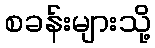
စခန်းများသို့